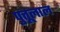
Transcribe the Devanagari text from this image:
पुत्तूलाल